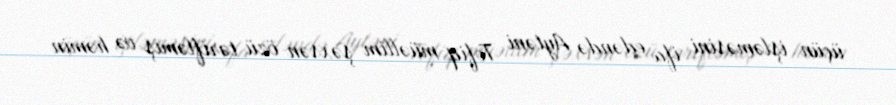
üçün işləməsini ifa edəndə Aytəni Tofiq müəllim şəxsən özü tərifləmiş və həmin